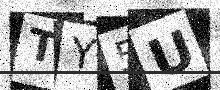
Text: TY5U